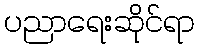
ပညာရေးဆိုင်ရာ